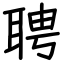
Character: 聘